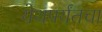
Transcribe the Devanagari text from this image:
येथपर्यंतचा